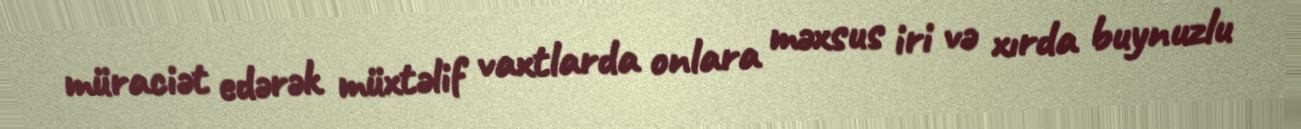
müraciət edərək müxtəlif vaxtlarda onlara məxsus iri və xırda buynuzlu